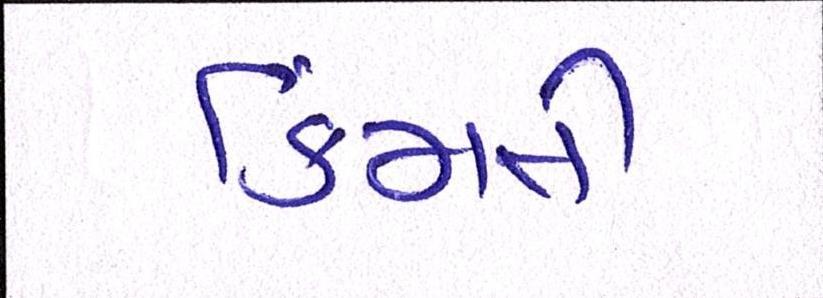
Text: કિમતી